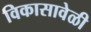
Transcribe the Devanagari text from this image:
विकासावेळी